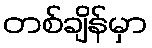
တစ်ချိန်မှာ